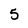
Character: 5